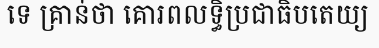
ទេ គ្រាន់ថា គោរពលទ្ធិប្រជាធិបតេយ្យ